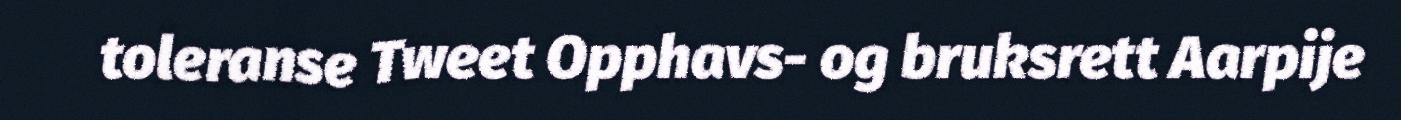
toleranse Tweet Opphavs- og bruksrett Aarpije